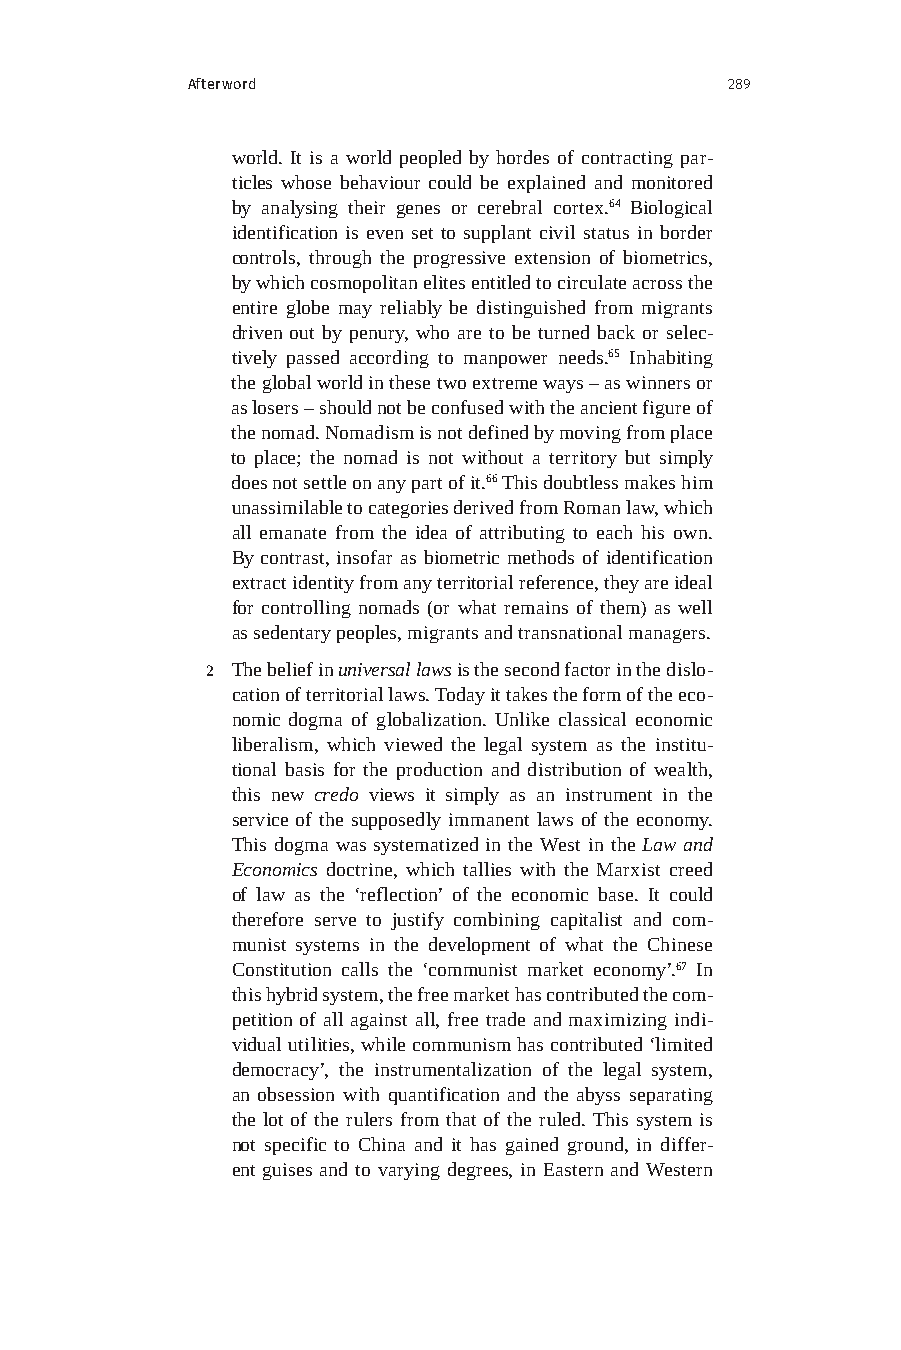
Afterword                           289
 world. It is a world peopled by hordes of contracting par-
 ticles whose behaviour could be explained and monitored
 by analysing their genes or cerebral cortex.64 Biological
 identification is even set to supplant civil status in border
 controls, through the progressive extension of biometrics,
 by which cosmopolitan elites entitled to circulate across the
 entire globe may reliably be distinguished from migrants
 driven out by penury, who are to be turned back or selec-
 tively passed according to manpower needs.65 Inhabiting
 the global world in these two extreme ways – as winners or
 as losers – should not be confused with the ancient figure of
 the nomad. Nomadism is not defined by moving from place
 to place; the nomad is not without a territory but simply
 does not settle on any part of it.66 This doubtless makes him
 unassimilable to categories derived from Roman law, which
 all emanate from the idea of attributing to each his own.
 By contrast, insofar as biometric methods of identification
 extract identity from any territorial reference, they are ideal
 for controlling nomads (or what remains of them) as well
 as sedentary peoples, migrants and transnational managers.
 2 The belief in universal laws is the second factor in the dislo-
 cation of territorial laws. Today it takes the form of the eco-
 nomic dogma of globalization. Unlike classical economic
 liberalism, which viewed the legal system as the institu-
 tional basis for the production and distribution of wealth,
 this new credo views it simply as an instrument in the
 service of the supposedly immanent laws of the economy.
 This dogma was systematized in the West in the Law and
 Economics doctrine, which tallies with the Marxist creed
 of law as the ‘reflection’ of the economic base. It could
 therefore serve to justify combining capitalist and com-
 munist systems in the development of what the Chinese
 Constitution calls the ‘communist market economy’.67 In
 this hybrid system, the free market has contributed the com-
 petition of all against all, free trade and maximizing indi-
 vidual utilities, while communism has contributed ‘limited
 democracy’, the instrumentalization of the legal system,
 an obsession with quantification and the abyss separating
 the lot of the rulers from that of the ruled. This system is
 not specific to China and it has gained ground, in differ-
 ent guises and to varying degrees, in Eastern and Western